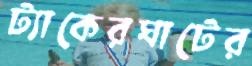
ট্যাকেরঘাটের